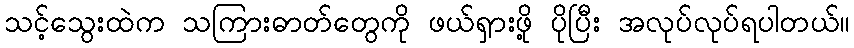
သင့်သွေးထဲက သကြားဓာတ်တွေကို ဖယ်ရှားဖို့ ပိုပြီး အလုပ်လုပ်ရပါတယ်။